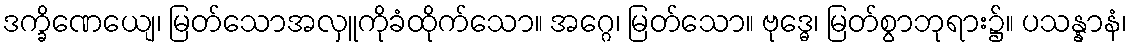
ဒက္ခိဏေယျေ၊ မြတ်သောအလှူကိုခံထိုက်သော။ အဂ္ဂေ၊ မြတ်သော။ ဗုဒ္ဓေ၊ မြတ်စွာဘုရား၌။ ပသန္နာနံ၊